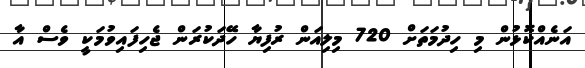
އަނެއްކޮޅުން މި ހިދުމަތަށް 720 މިލިއަން ރުފިޔާ ހޭދަކުރަން ޖެހިފައިވުމަކީ ވެސް އާ